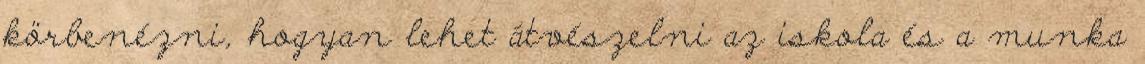
körbenézni, hogyan lehet átvészelni az iskola és a munka